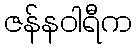
ဇန်နဝါရီက